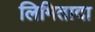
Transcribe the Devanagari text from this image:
लिमितादा